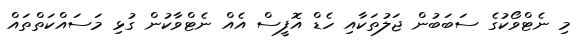
މި ނެޓްވޯކުގެ ސަބަބުން ޖަލުތަކާއި ހެޑް އޮފީސް އެއް ނެޓްވާކުން ގުޅި މަސައްކަތްތައް